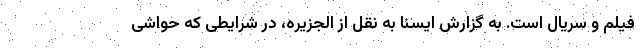
فیلم و سریال است. به گزارش ایسنا به نقل از الجزیره، در شرایطی که حواشی